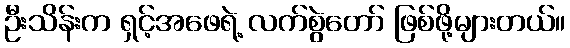
ဦးသိန်းက ရှင့်အဖေရဲ့ လက်စွဲတော် ဖြစ်ဖို့များတယ်။